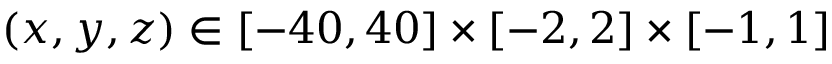
( x , y , z ) \in [ - 4 0 , 4 0 ] \times [ - 2 , 2 ] \times [ - 1 , 1 ]